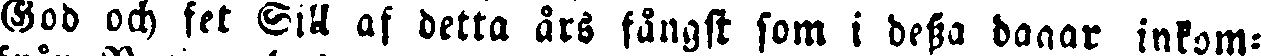
God och fet Sill af detta års fångst som i dessa dagar inkom-